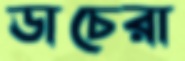
ডাচেরা